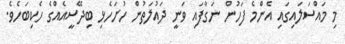
މި މައްސަލައިގައި އެންމެ ފަހުން ނަގާފައި ވަނީ ދައުލަތުން ހުށަހެޅި ބިދޭސީއެއްގެ ހެކިބަހެވެ.